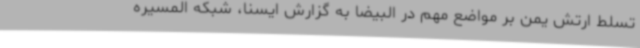
تسلط ارتش یمن بر مواضع مهم در البیضا به گزارش ایسنا، شبکه المسیره